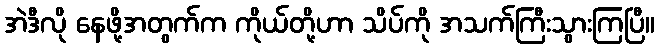
အဲဒီလို နေဖို့အတွက်က ကိုယ်တို့ဟာ သိပ်ကို အသက်ကြီးသွားကြပြီ။